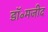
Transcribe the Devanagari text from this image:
डॉ॰मजीद